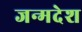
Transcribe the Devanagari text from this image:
जन्मदेश